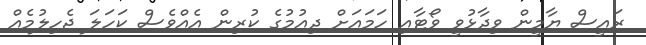
ރައީސް ޔާމީން ވިދާޅުވީ ވޯޓާއި ހަމައަށް ދިއުމުގެ ކުރިން އެއްވެސް ކަހަލަ ޖެހިލުމެއް